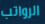
الرواتب